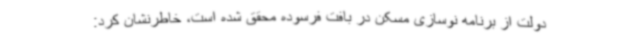
دولت از برنامه نوسازی مسکن در بافت فرسوده محقق شده است، خاطرنشان کرد: